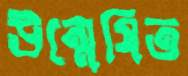
উন্মেষিত